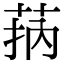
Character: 𦮾